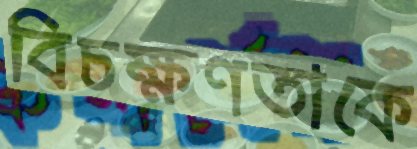
বিচক্ষণতাকে